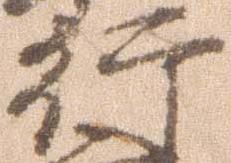
行